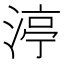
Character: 渟